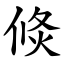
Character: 倐